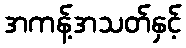
အကန့်အသတ်နှင့်